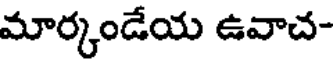
మార్కండేయ ఉవాచ-